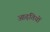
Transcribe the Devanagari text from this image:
आढ़तियों